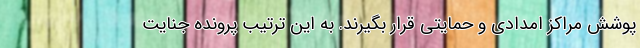
پوشش مراکز امدادی و حمایتی قرار بگیرند. به این ترتیب پرونده جنایت